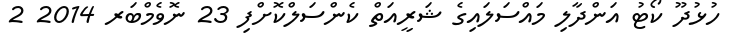
ހުޅުދޫ ކޯޓު އަންދާލި މައްސަަލައިގެ ޝަރީއަތް ކެންސަލްކޮށްފި 23 ނޮވެމްބަރ 2014 2